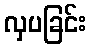
လှပခြင်း